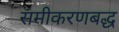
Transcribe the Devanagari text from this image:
समीकरणबद्ध